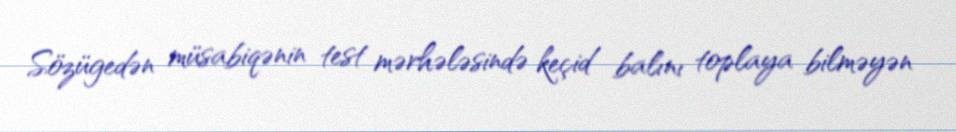
Sözügedən müsabiqənin test mərhələsində keçid balını toplaya bilməyən